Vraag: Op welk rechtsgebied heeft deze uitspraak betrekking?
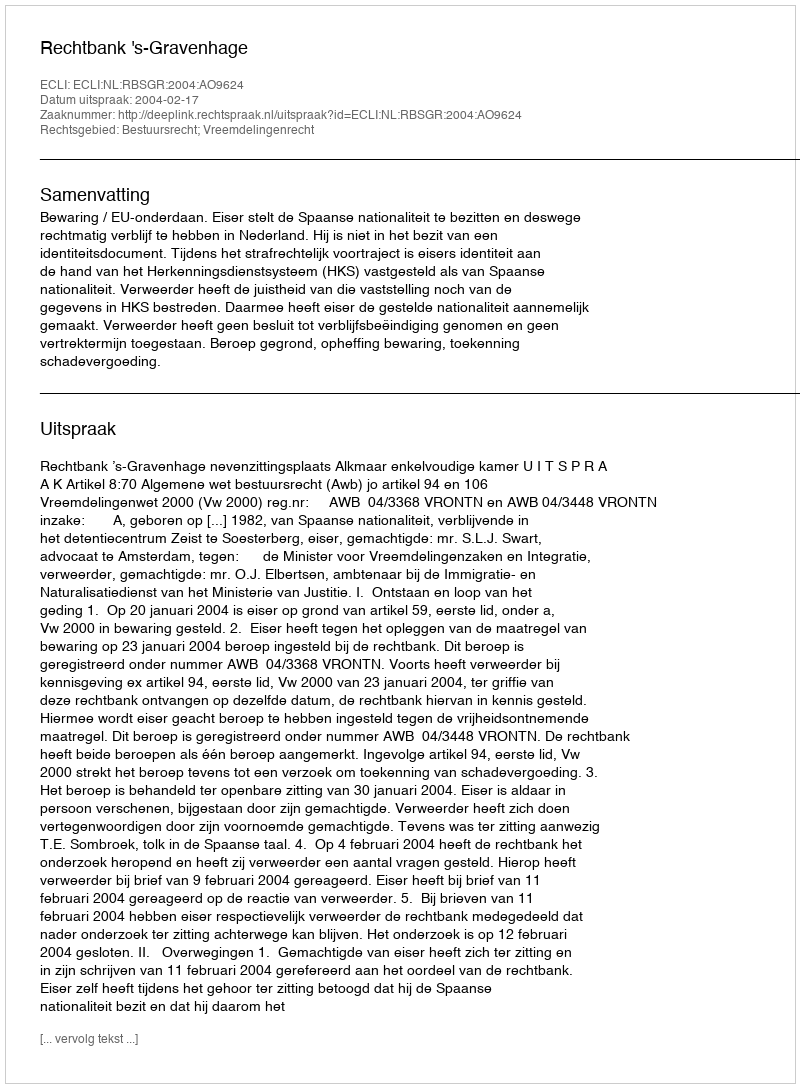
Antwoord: Bestuursrecht; Vreemdelingenrecht